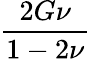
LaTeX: \frac{2G\nu}{1-2\nu}